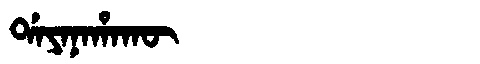
Manchu: ᡩᠠᠶᠠᠨᠠᡥᠠᡴᡡ
Romanization: DAYANAHAKŪ